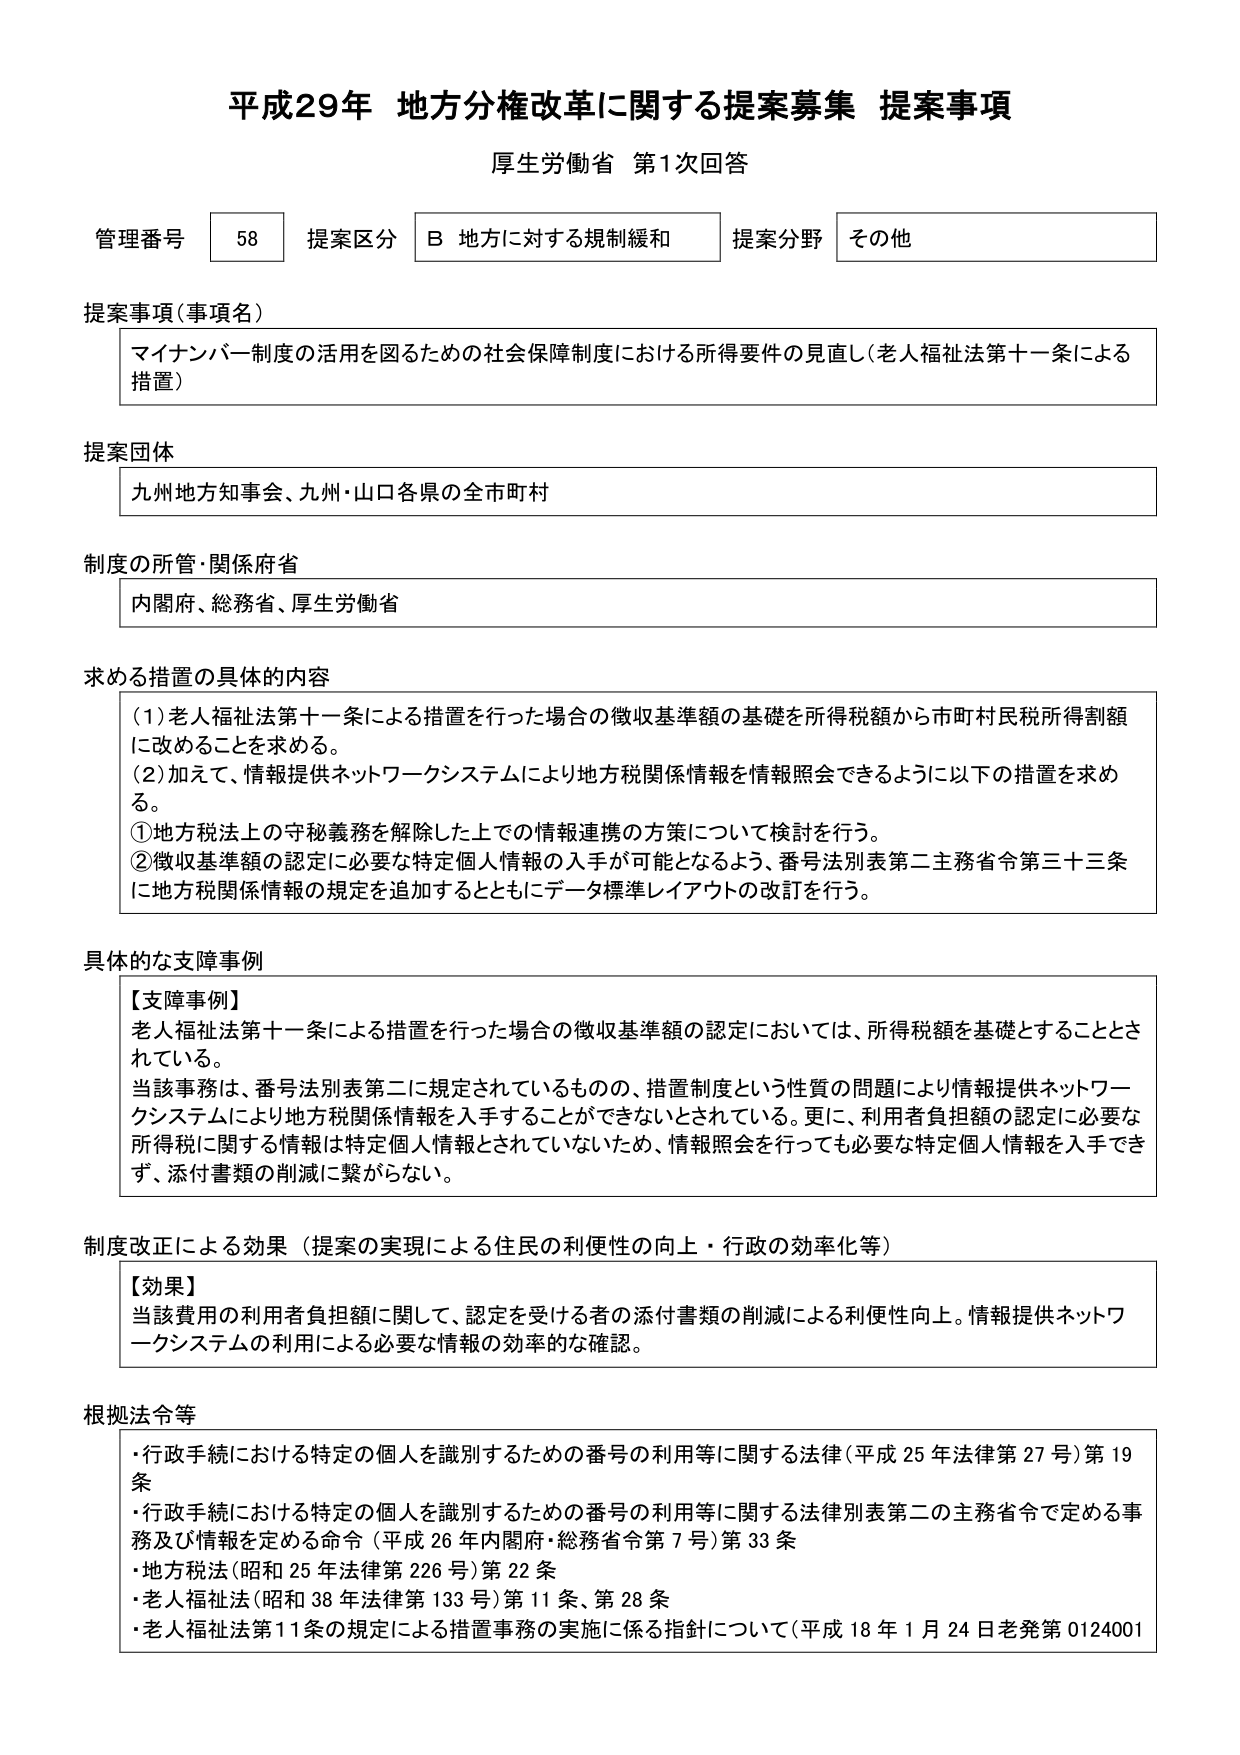
平成29年 地方分権改革に関する提案募集 提案事項
厚生労働省 第1次回答

管理番号 58 提案区分 B 地方に対する規制緩和 提案分野 その他

提案事項（事項名）
マイナンバー制度の活用を図るための社会保障制度における所得要件の見直し（老人福祉法第十一条による措置）

提案団体
九州地方知事会、九州・山口各県の全市町村

制度の所管・関係府省
内閣府、総務省、厚生労働省

求める措置の具体的内容
（1）老人福祉法第十一条による措置を行った場合の徴収基準額の基礎を所得税額から市町村民税所得割額に改めることを求める。
（2）加えて、情報提供ネットワークシステムにより地方税関係情報を情報照会できるように以下の措置を求める。
①地方税法上の守秘義務を解除した上での情報連携の方策について検討を行う。
②徴収基準額の認定に必要な特定個人情報の入手が可能となるよう、番号法別表第二主務省令第三十三条に地方税関係情報の規定を追加するとともにデータ標準レイアウトの改訂を行う。

具体的な支障事例
【支障事例】
老人福祉法第十一条による措置を行った場合の徴収基準額の認定においては、所得税額を基礎とすることとされている。
当該事務は、番号法別表第二に規定されているものの、措置制度という性質の問題により情報提供ネットワークシステムにより地方税関係情報を入手することができないとされている。更に、利用者負担額の認定に必要な所得税に関する情報は特定個人情報とされていないため、情報照会を行っても必要な特定個人情報を入手できず、添付書類の削減に繋がらない。

制度改正による効果（提案の実現による住民の利便性の向上・行政の効率化等）
【効果】
当該費用の利用者負担額に関して、認定を受ける者の添付書類の削減による利便性向上。情報提供ネットワークシステムの利用による必要な情報の効率的な確認。

根拠法令等
・行政手続における特定の個人を識別するための番号の利用等に関する法律（平成25年法律第27号）第19条
・行政手続における特定の個人を識別するための番号の利用等に関する法律別表第二の主務省令で定める事務及び情報を定める命令（平成26年内閣府・総務省令第7号）第33条
・地方税法（昭和25年法律第226号）第22条
・老人福祉法（昭和38年法律第133号）第11条、第28条
・老人福祉法第11条の規定による措置事務の実施に係る指針について（平成18年1月24日老発第0124001）